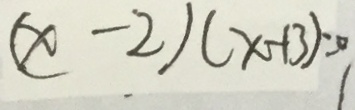
( x - 2 ) ( x + 3 ) = 0